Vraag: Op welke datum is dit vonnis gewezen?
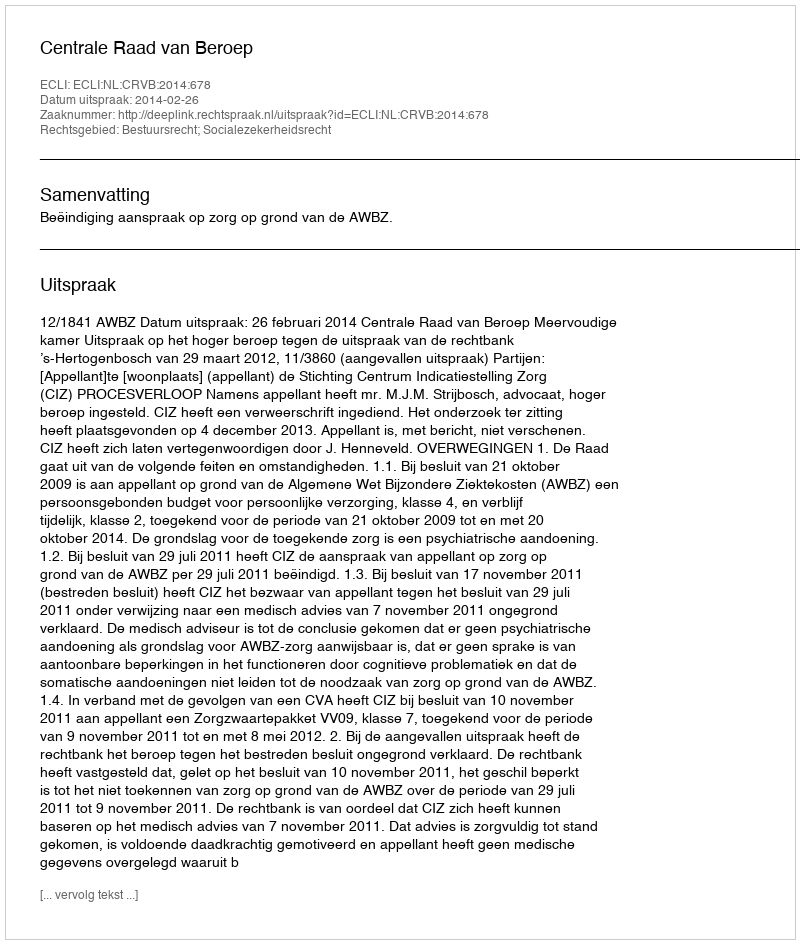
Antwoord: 2014-02-26